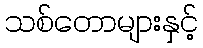
သစ်တောများနှင့်